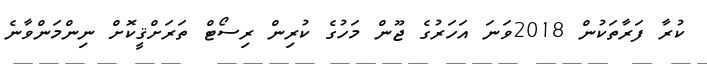
ކުރާ ފަރާތަކުން 2018ވަނަ އަހަރުގެ ޖޫން މަހުގެ ކުރިން ރިސޯޓް ތަރަށްޤީކޮށް ނިންމަންވާނެ